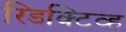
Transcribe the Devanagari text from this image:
रिडक्टिव्ह